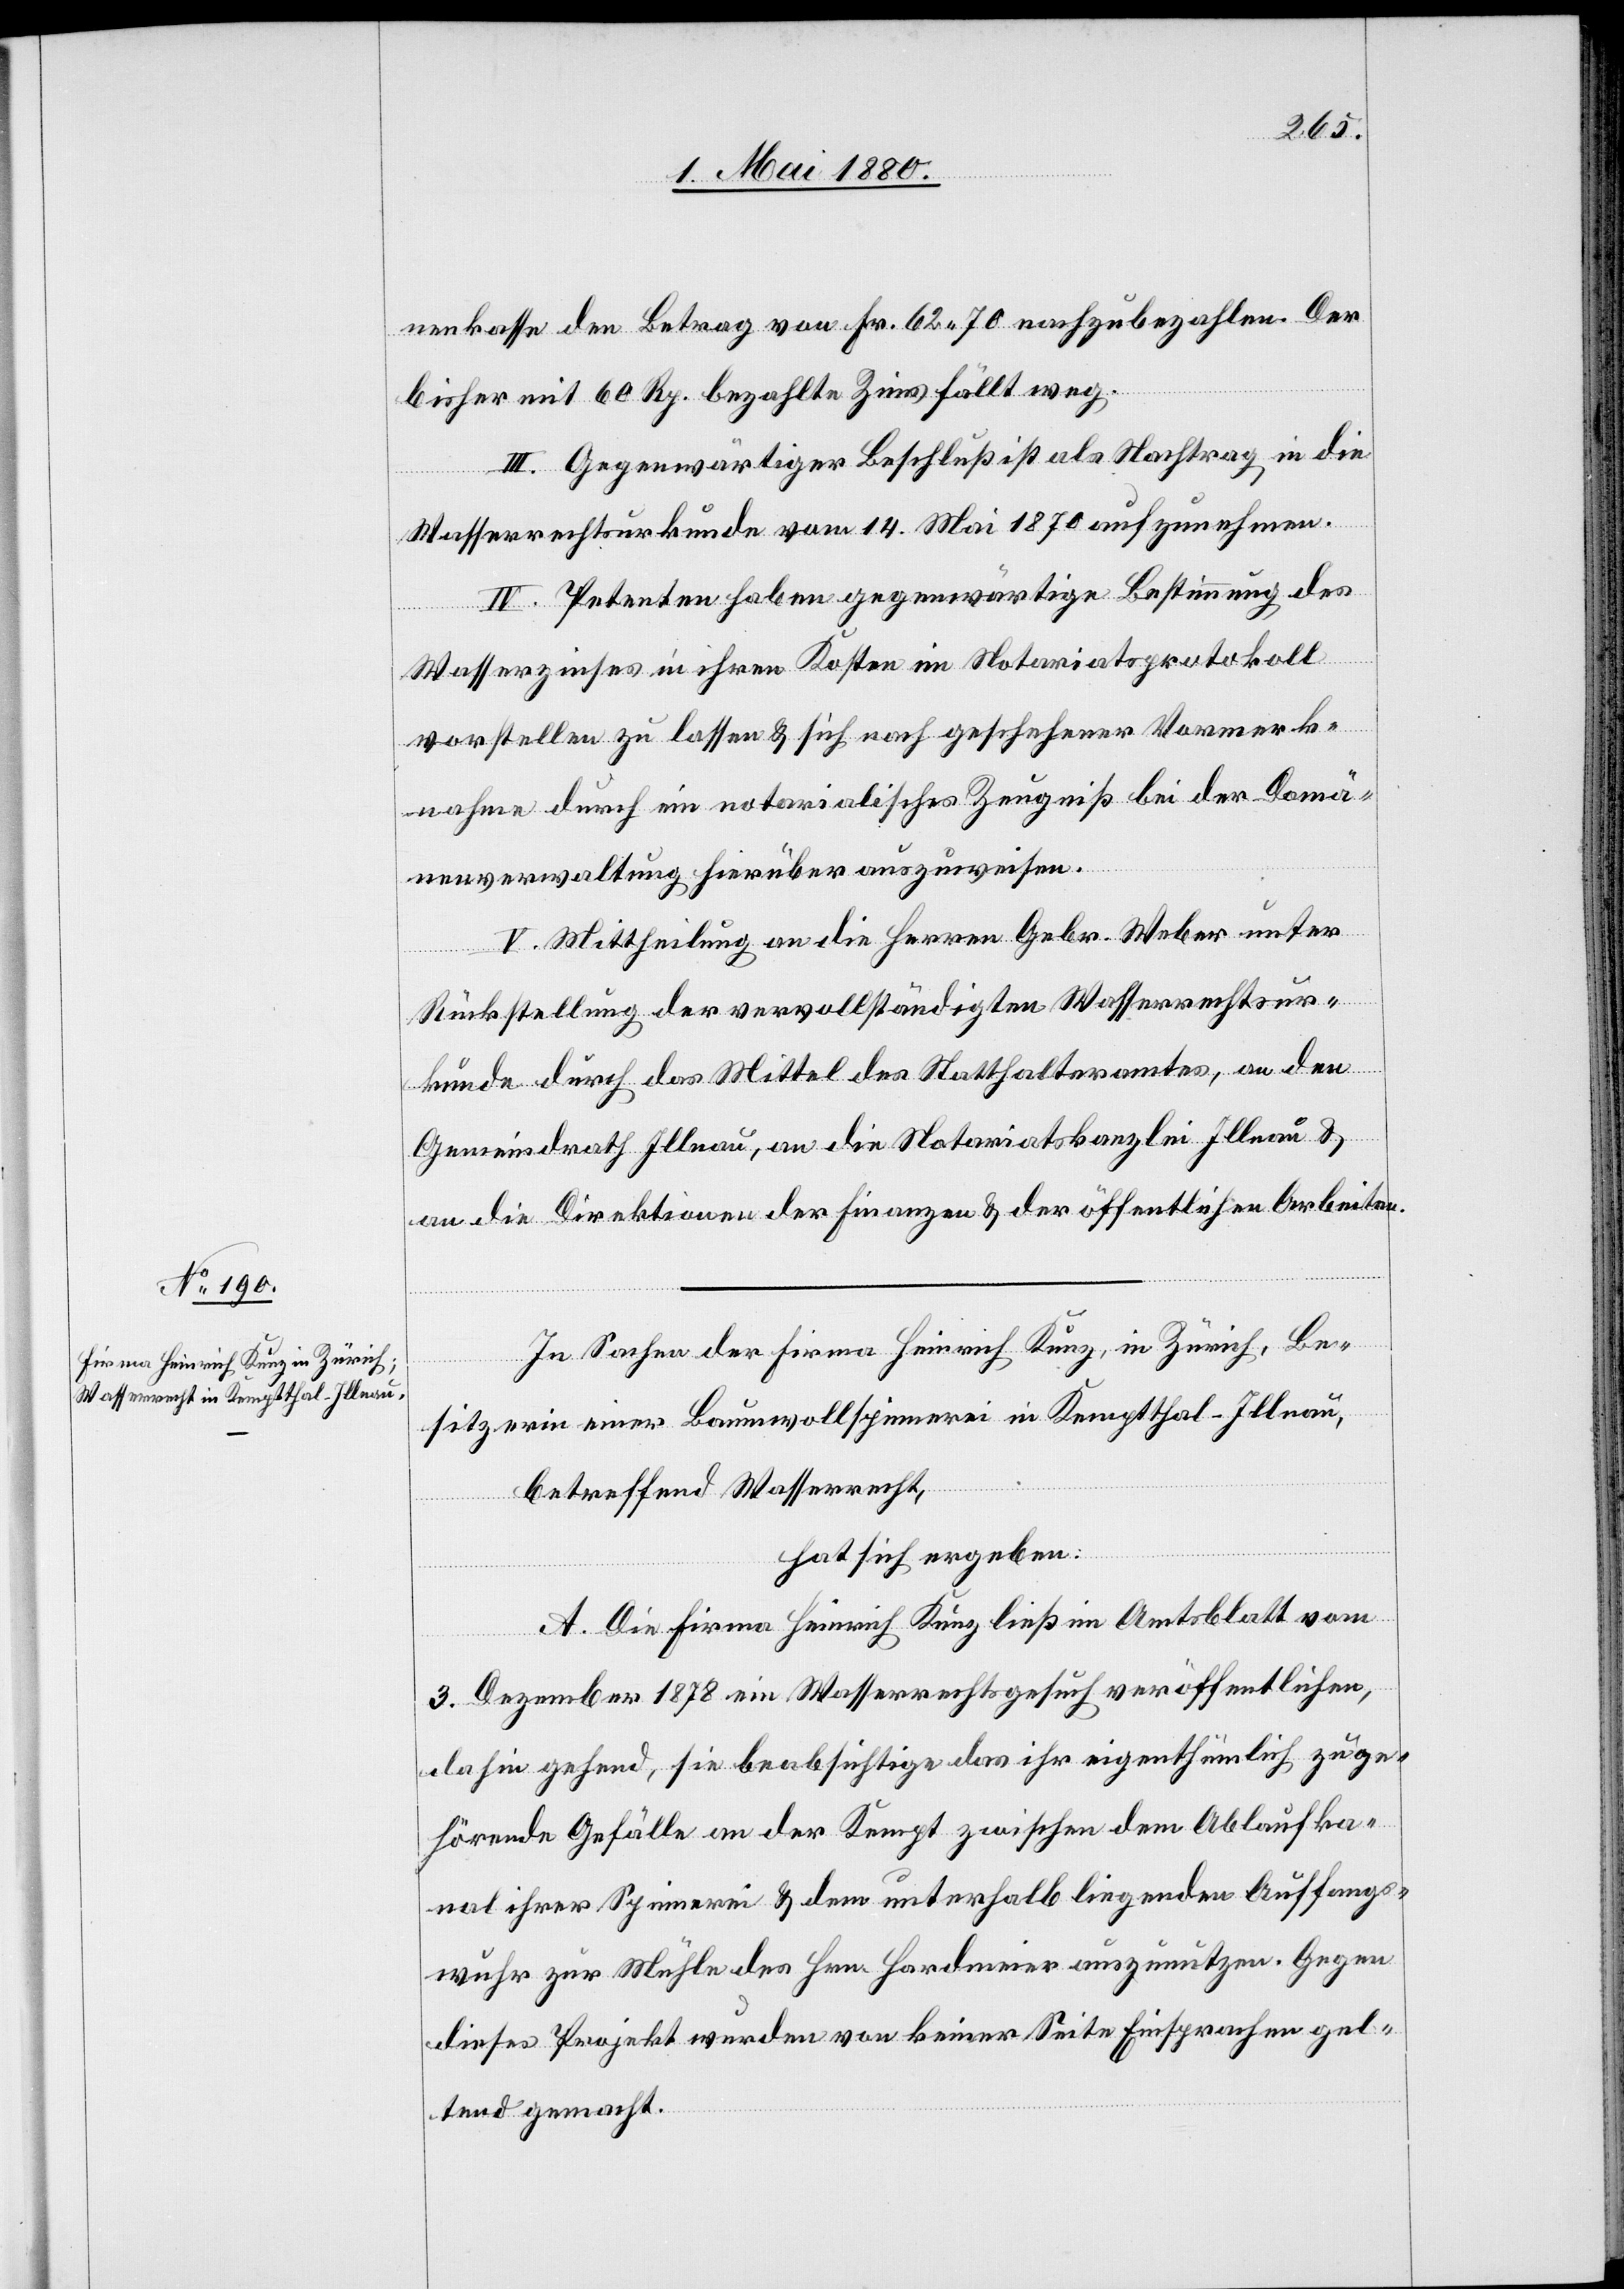
nenkasse den Betrag von Fr. 62.70 nachzuzahlen. Der
bisher mit 60 Rp. bezahlte Zins fällt weg.
III. Gegenwärtiger Beschluß ist als Nachtrag in die
zuweis¬
en.
Wasserrechtsurkunde vom 14. Mai 1870 aufzunehmen.
IV. Petenten haben gegenwärtige Bestimmung des
aus¬
Wasserzinses in ihren Kosten im Notariatsprotokoll
vorstellen zu lassen & sich nach geschehener Vormerku¬
ng durch ein notarialisches Zeugniß bei der Domä¬
hierü¬
V. Mittheilung an die Herren Gebr. Weber unter
Rückstellung der vervollständigten Wasserrechtsur¬
kunde durch das Mittel des Statthalteramtes, an den
Gemeindrath Illnau, an die Notariatskanzlei Illnau &
an die Direktionen der Finanzen & der öffentlichen Arbeiten.
In Sachen der Firma Heinrich Kunz, in Zürich, Be¬
ber
sitzerin einer Baumwollspinnerei in Kemptthal - Illnau,
betreffend Wasserrecht,
hat sich ergeben:
A. Die Firma Heinrich Kunz ließ im Amtsblatt vom
3. Dezember 1878 ein Wasserrechtsgesuch veröffentlichen,
dahin gehend, sie beabsichtige das ihr eigenthümlich zuge¬
hörende Gefälle an der Kempt zwischen dem Ablaufka¬
nal ihrer Spinnerei & dem unterhalb liegenden Auffangs¬
wuhr zur Mühle des Hrn. Hardmeier auszunutzen. Gegen
dieses Projekt wurden von keiner Seite Einsprachen gel¬
tend gemacht.